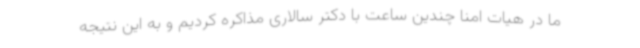
ما در هیات امنا چندین ساعت با دکتر سالاری مذاکره کردیم و به این نتیجه